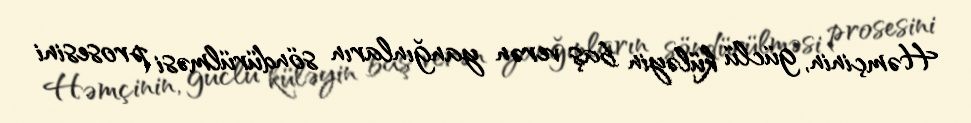
Həmçinin, güclü küləyin baş verən yanğınların söndürülməsi prosesini